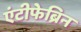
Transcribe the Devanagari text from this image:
एंटीफेब्रिन